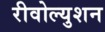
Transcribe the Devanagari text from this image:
रीवोल्युशन